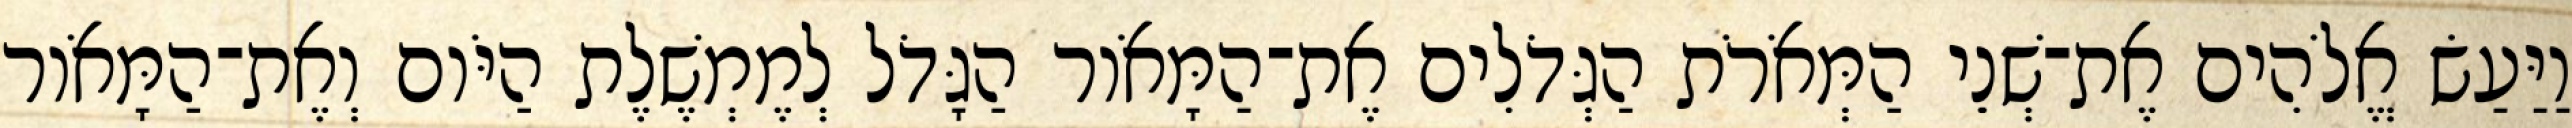
וַיַּעַשׂ אֱלֹהִים אֶת־שְׁנֵי הַמְּאֹרֹת הַגְּדֹלִים אֶת־הַמָּאֹור הַגָּדֹל לְמֶמְשֶׁלֶת הַיֹּום וְאֶת־הַמָּאֹור